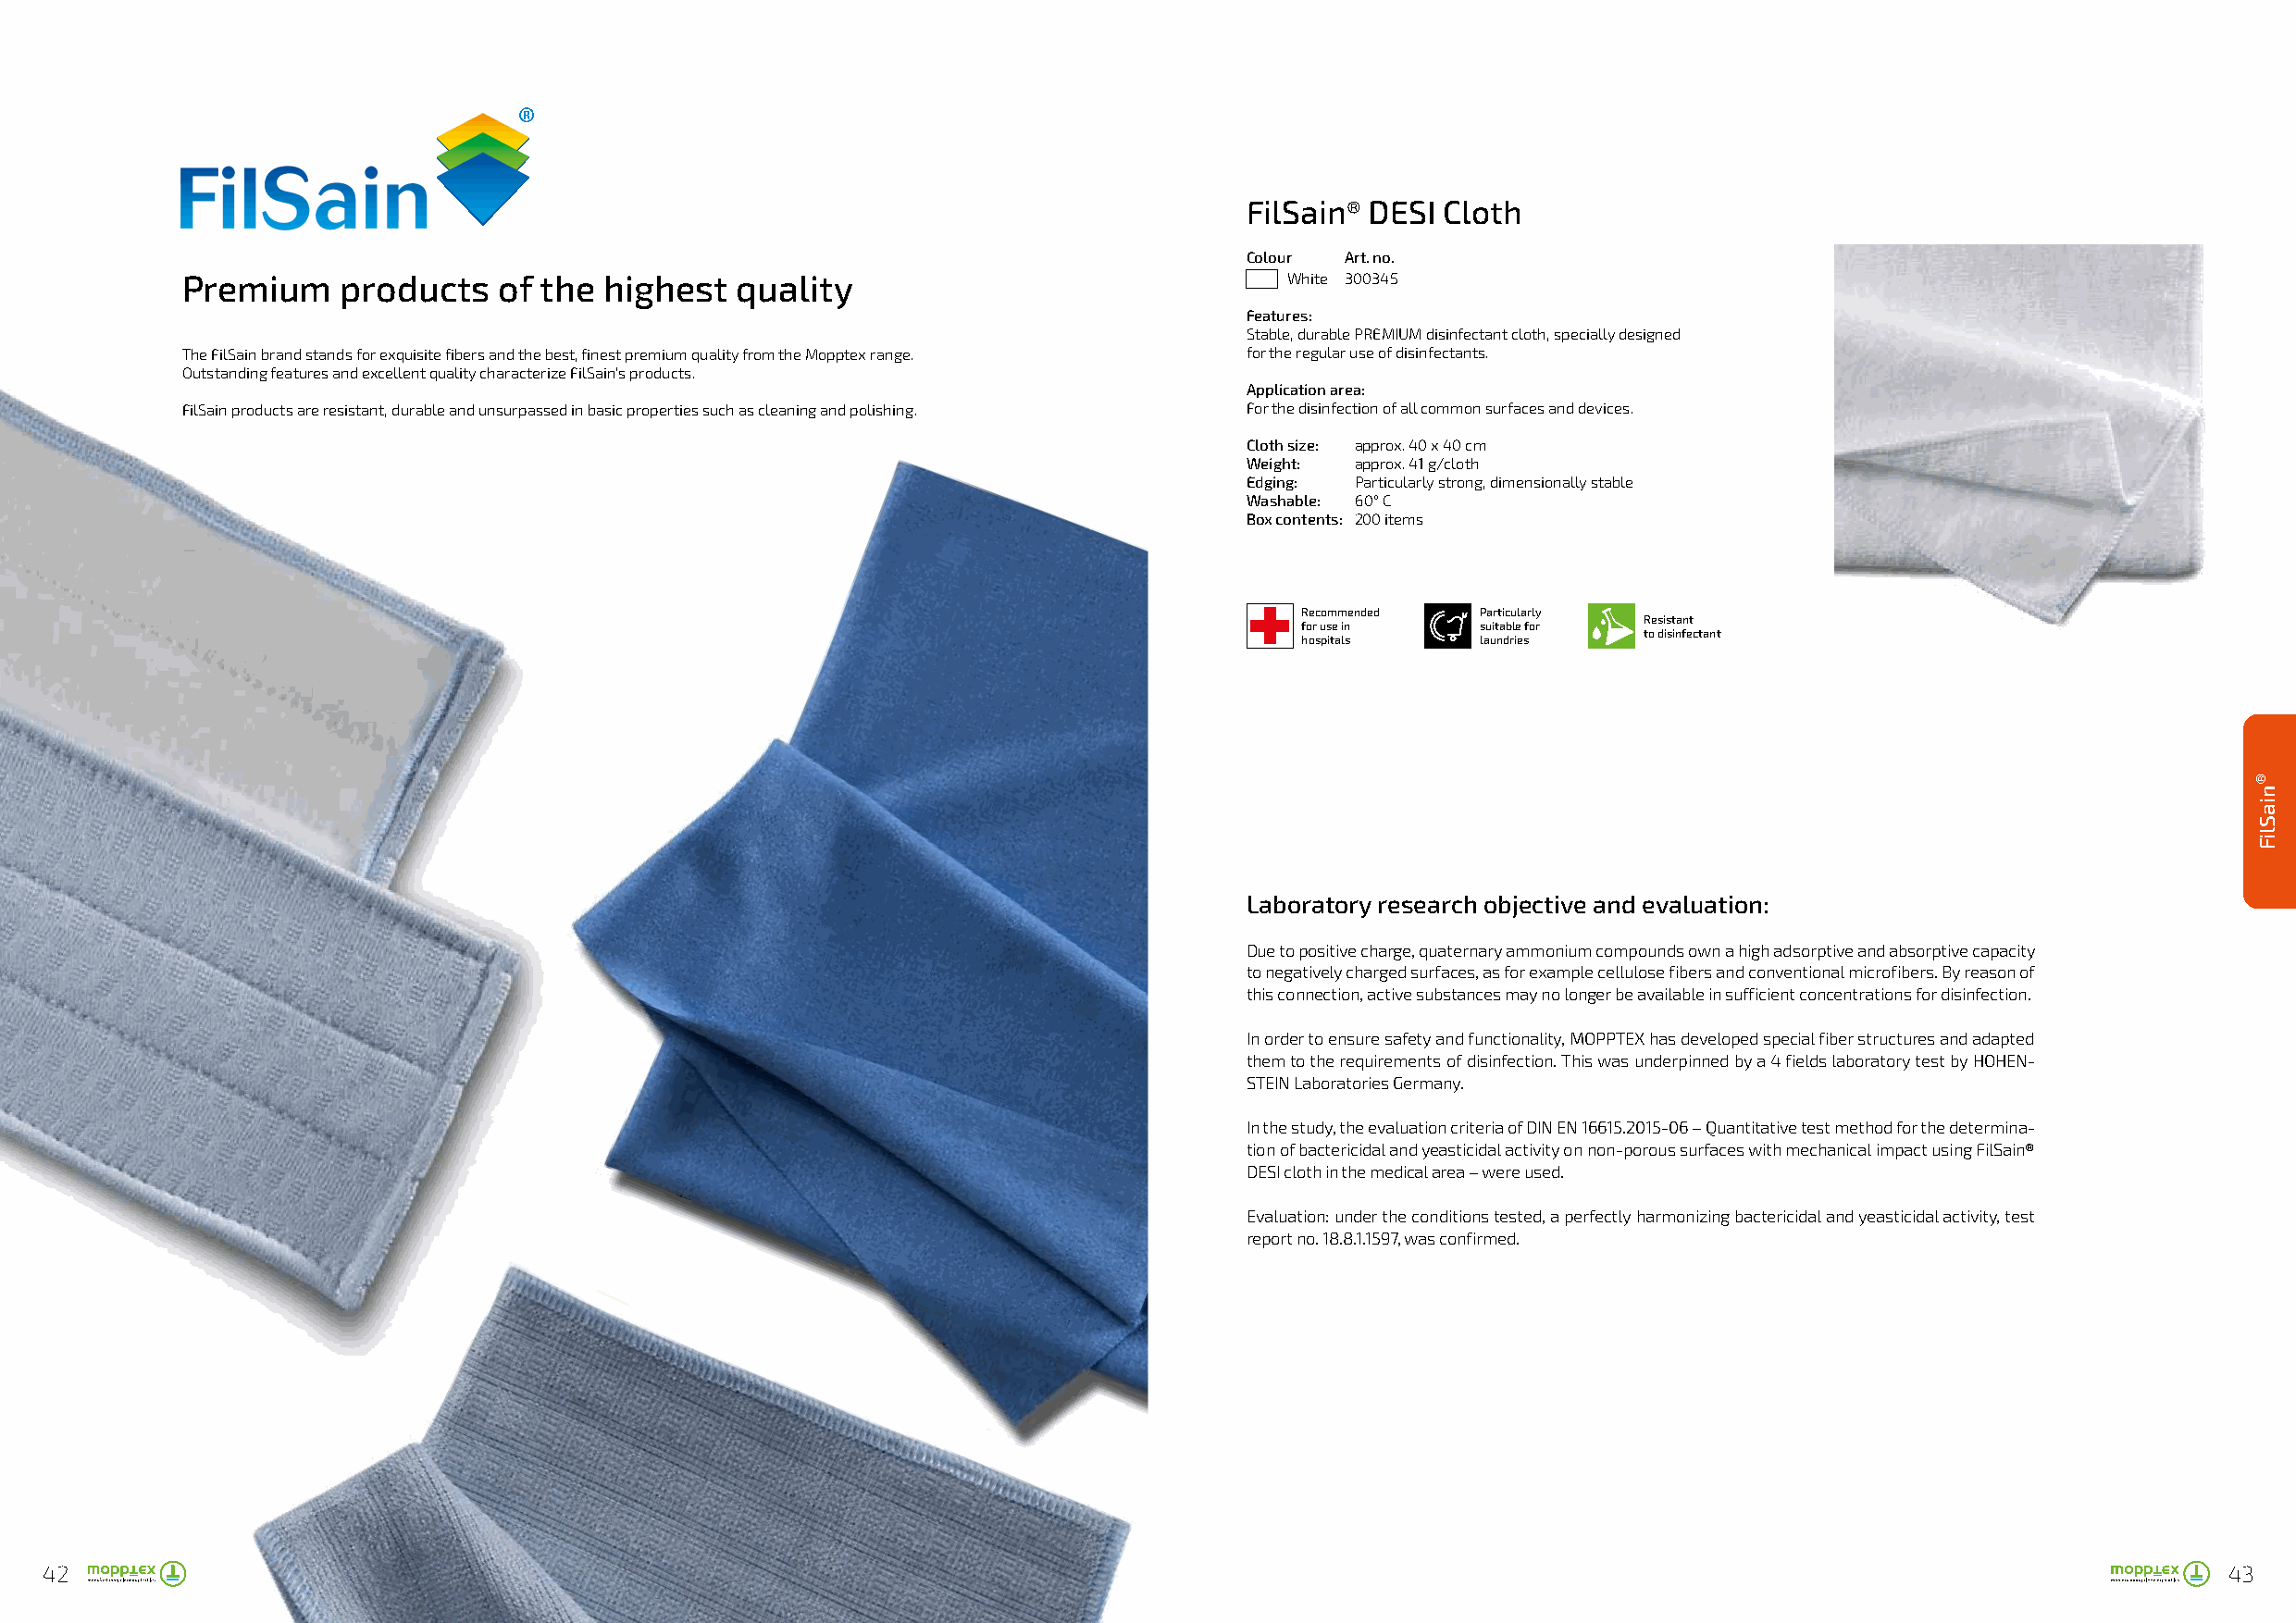
FilSain® DESI Cloth
 Colour Art. no.
 Premium    products    of the highest   quality                                White 300345
 Features:
 Stable, durable PREMIUM disinfectant cloth, specially designed
 The FilSain brand stands for exquisite fibers and the best, finest premium quality from the Mopptex range. for the regular use of disinfectants.
 Outstanding features and excellent quality characterize FilSain’s products.
 Application area:
 FilSain products are resistant, durable and unsurpassed in basic properties such as cleaning and polishing. For the disinfection of all common surfaces and devices.
 Cloth size: approx. 40 x 40 cm
 Weight: approx. 41 g/cloth
 Edging: Particularly strong, dimensionally stable
 Washable: 60° C
 Box contents: 200 items
 Recommended  Particularly
 Resistant
 for use in   suitable for
 to disinfectant
 hospitals    laundries
 Laboratory research objective and evaluation:
 Due to positive charge, quaternary ammonium compounds own a high adsorptive and absorptive capacity
 to negatively charged surfaces, as for example cellulose fibers and conventional microfibers. By reason of
 this connection, active substances may no longer be available in sufficient concentrations for disinfection.
 In order to ensure safety and functionality, MOPPTEX has developed special fiber structures and adapted
 them to the requirements of disinfection. This was underpinned by a 4 fields laboratory test by HOHEN-
 STEIN Laboratories Germany.
 In the study, the evaluation criteria of DIN EN 16615.2015-06 – Quantitative test method for the determina-
 tion of bactericidal and yeasticidal activity on non-porous surfaces with mechanical impact using FilSain®
 DESI cloth in the medical area – were used.
 Evaluation: under the conditions tested, a perfectly harmonizing bactericidal and yeasticidal activity, test
 report no. 18.8.1.1597, was confirmed.
 42                                                                                                                                                          43
 ®niaSliF